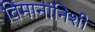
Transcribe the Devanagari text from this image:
विमानांनिशी